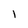
Character: 1